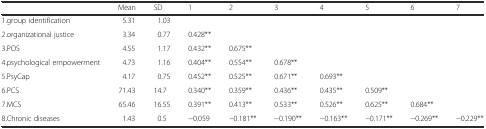
<table><thead><tr><td></td><td><b>Mean</b></td><td><b>SD</b></td><td><b>1</b></td><td><b>2</b></td><td><b>3</b></td><td><b>4</b></td><td><b>5</b></td><td><b>6</b></td><td><b>7</b></td></tr></thead><tbody><tr><td>1.group identification</td><td>5.31</td><td>1.03</td><td></td><td></td><td></td><td></td><td></td><td></td><td></td></tr><tr><td>2.organizational justice</td><td>3.34</td><td>0.77</td><td>0.428**</td><td></td><td></td><td></td><td></td><td></td><td></td></tr><tr><td>3.POS</td><td>4.55</td><td>1.17</td><td>0.432**</td><td>0.675**</td><td></td><td></td><td></td><td></td><td></td></tr><tr><td>4.psychological empowerment</td><td>4.73</td><td>1.16</td><td>0.404**</td><td>0.554**</td><td>0.678**</td><td></td><td></td><td></td><td></td></tr><tr><td>5.PsyCap</td><td>4.17</td><td>0.75</td><td>0.452**</td><td>0.525**</td><td>0.671**</td><td>0.693**</td><td></td><td></td><td></td></tr><tr><td>6.PCS</td><td>71.43</td><td>14.7</td><td>0.340**</td><td>0.359**</td><td>0.436**</td><td>0.435**</td><td>0.509**</td><td></td><td></td></tr><tr><td>7.MCS</td><td>65.46</td><td>16.55</td><td>0.391**</td><td>0.413**</td><td>0.533**</td><td>0.526**</td><td>0.625**</td><td>0.684**</td><td></td></tr><tr><td>8.Chronic diseases</td><td>1.43</td><td>0.5</td><td>−0.059</td><td>−0.181**</td><td>−0.190**</td><td>−0.163**</td><td>−0.171**</td><td>−0.269**</td><td>−0.229**</td></tr></tbody></table>